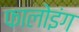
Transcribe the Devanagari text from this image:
फालोइंग